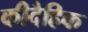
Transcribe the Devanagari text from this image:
कीदैहिक